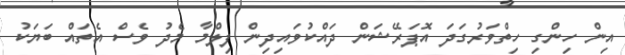
އިން ހިންގި ހިތްވަރުގަދަ އޮޕަރޭޝަން ދައްކުވައިދިން ފިލްމާ މެދު ވެސް އެތައް ބަޔަކު